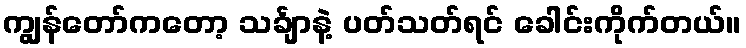
ကျွန်တော်ကတော့ သင်္ချာနဲ့ ပတ်သတ်ရင် ခေါင်းကိုက်တယ်။